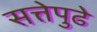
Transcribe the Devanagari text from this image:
सत्तेपुढे